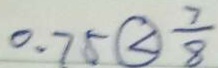
0 . 7 5 \textcircled { < } \frac { 7 } { 8 }